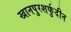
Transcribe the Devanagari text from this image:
खानपुरशर्फुदीन